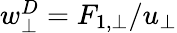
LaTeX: \begin{array}{r}{w_{\bot}^{D}=F_{1,\bot}/u_{\bot}}\end{array}